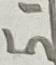
Text: 51